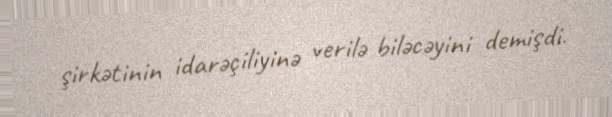
şirkətinin idarəçiliyinə verilə biləcəyini demişdi.